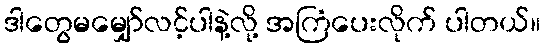
ဒါတွေမမျှော်လင့်ပါနဲ့လို့ အကြံပေးလိုက် ပါတယ်။